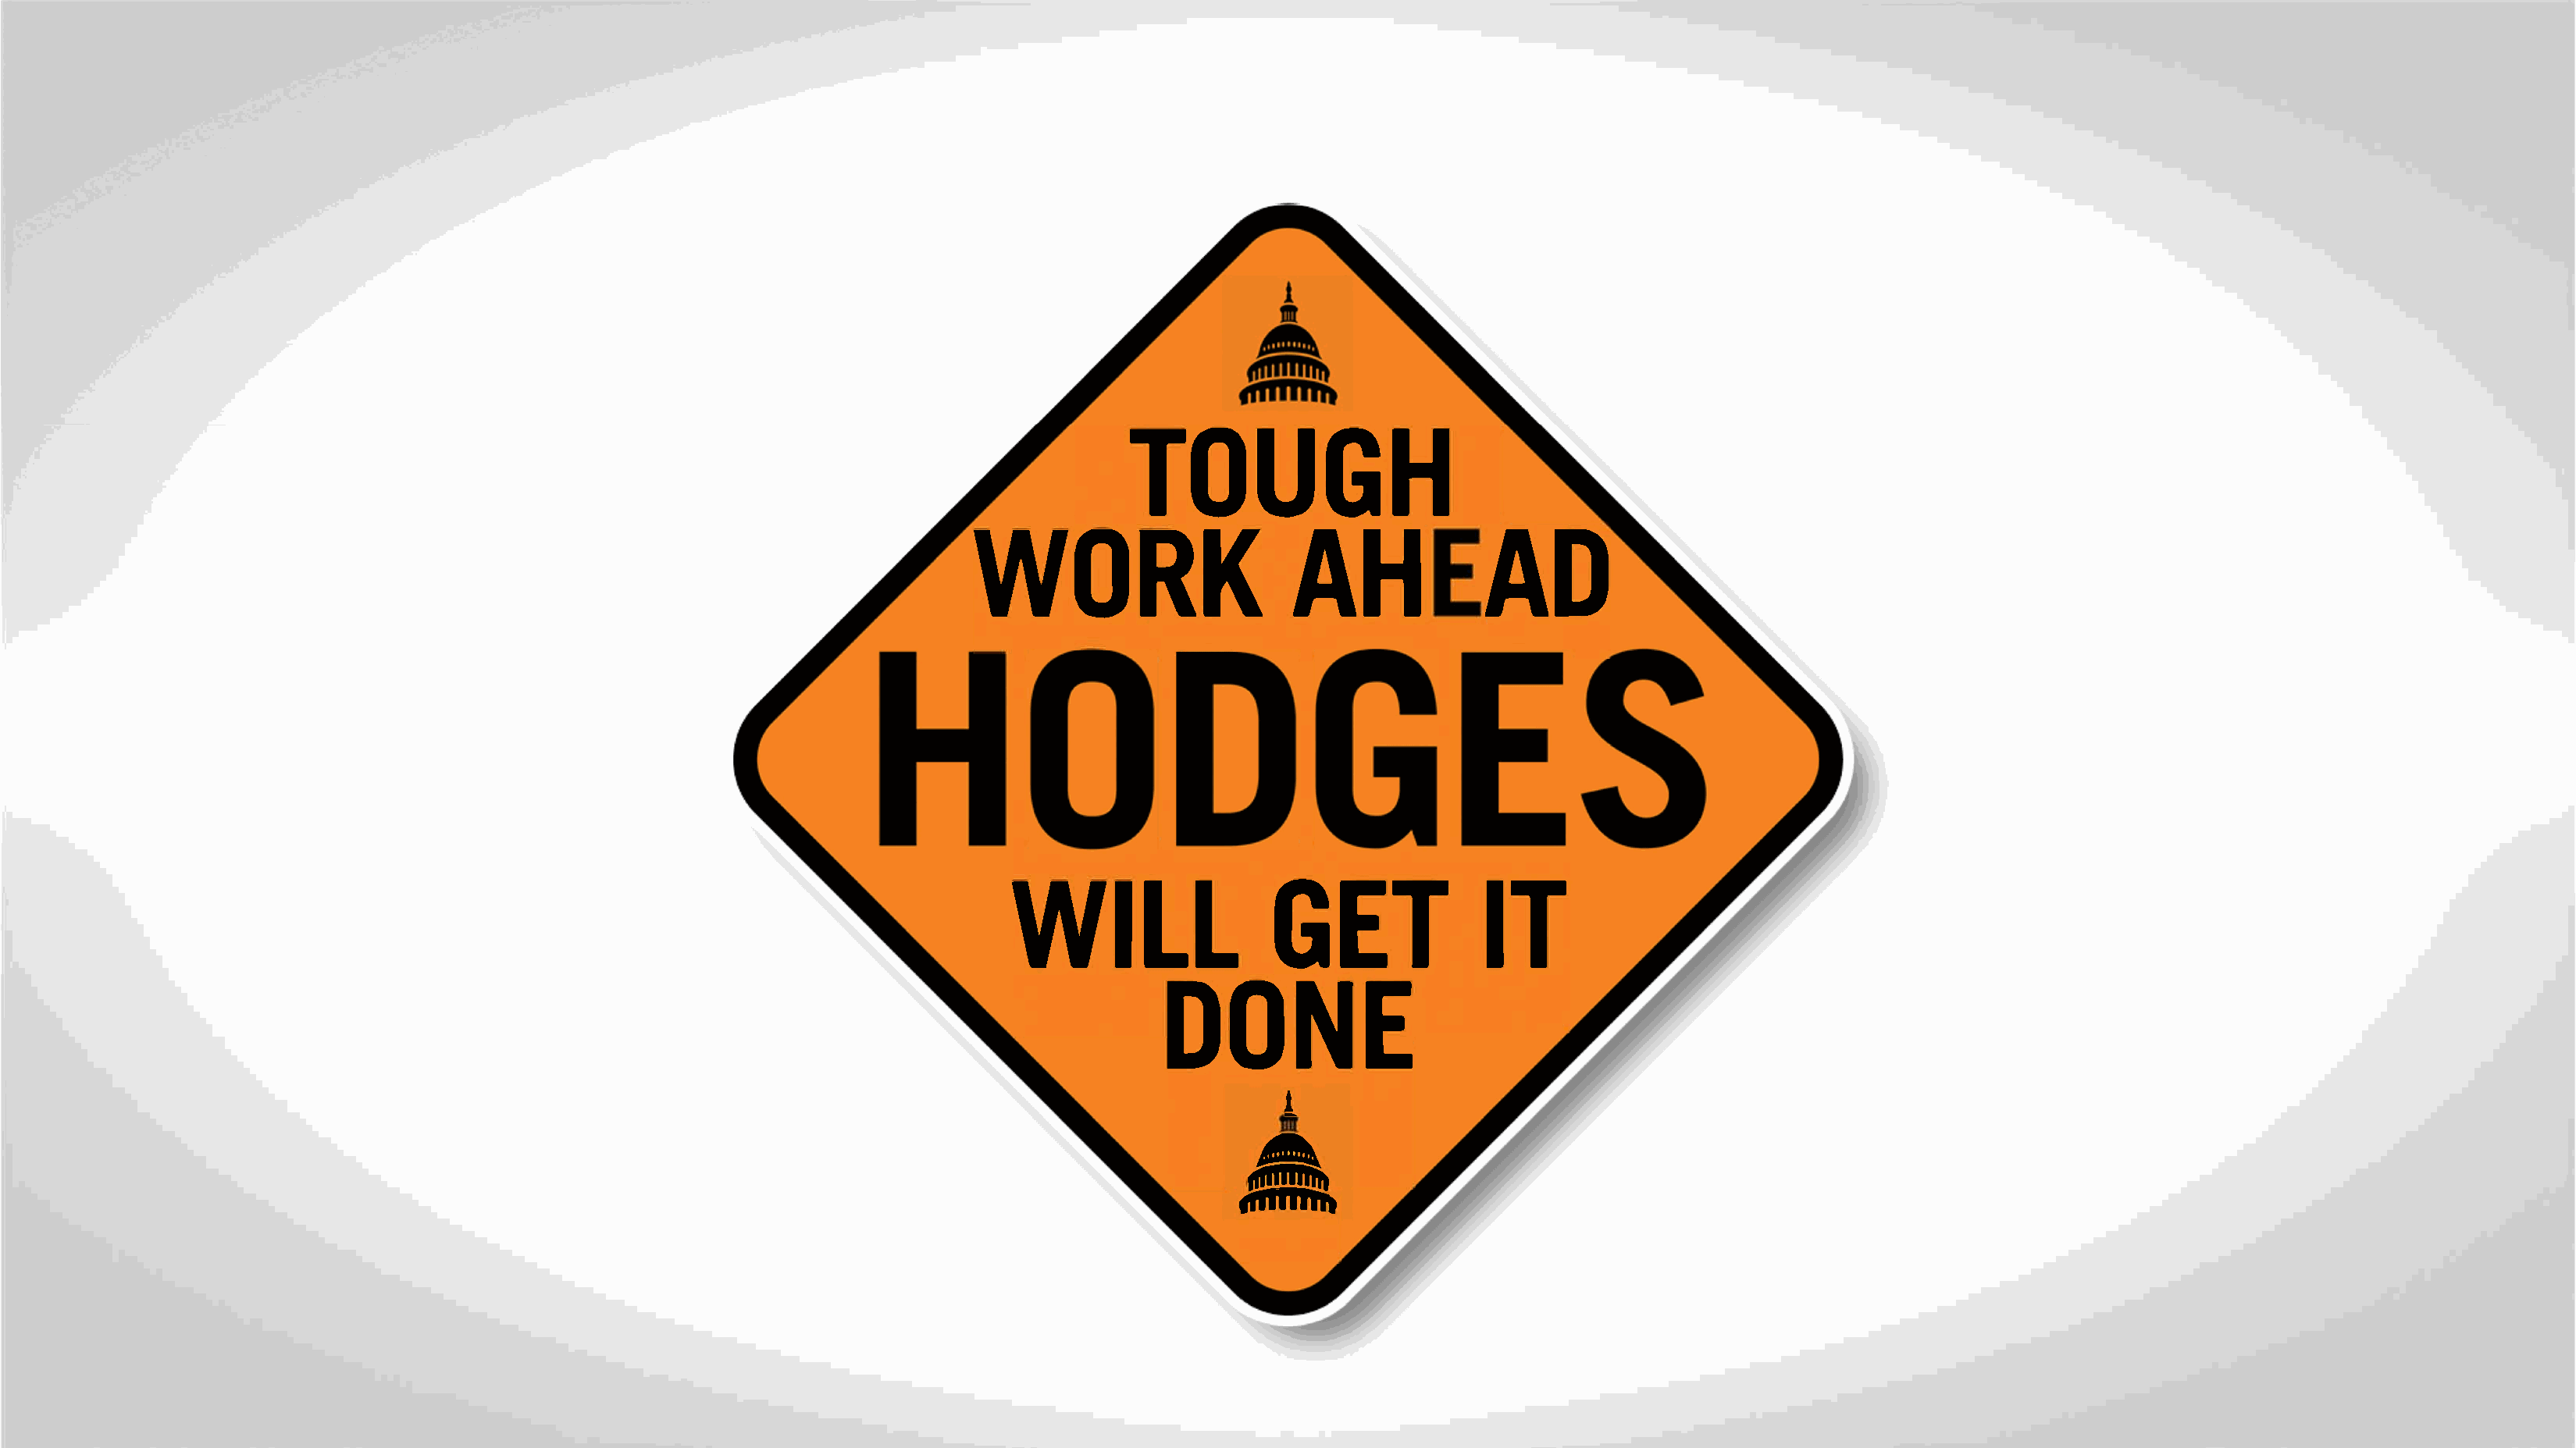
TOUGH
 WORKAAHD
 WILGLE                                  ITT
 DONE
 •1
 .•
 ..,..         ..
 mtllllhh